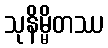
သုနိမ္မိတဿ